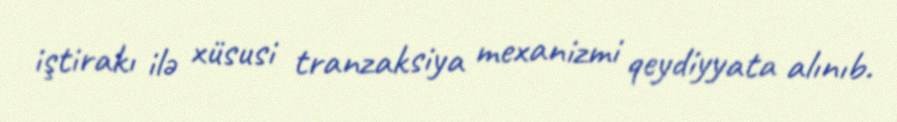
iştirakı ilə xüsusi tranzaksiya mexanizmi qeydiyyata alınıb.